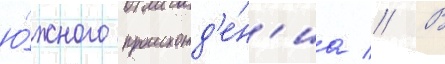
ю́жного происхожд'е́н'иа // В